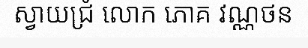
ស្វាយជ្រំ លោក ភោគ វណ្ណថន